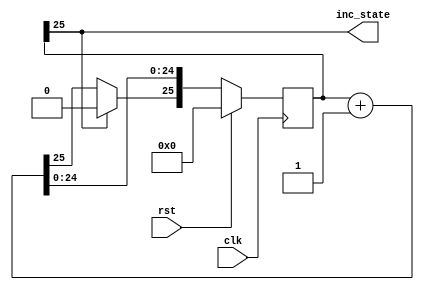
module stateCounter_18 (
    input clk,
    input rst,
    output reg inc_state
  );
  
  
  
  reg [25:0] M_stateCounter_d, M_stateCounter_q = 1'h0;
  
  always @* begin
    M_stateCounter_d = M_stateCounter_q;
    
    inc_state = M_stateCounter_q[25+0-:1];
    M_stateCounter_d = M_stateCounter_q + 1'h1;
    if (M_stateCounter_q[25+0-:1] == 1'h1) begin
      M_stateCounter_d[25+0-:1] = 1'h0;
    end
  end
  
  always @(posedge clk) begin
    if (rst == 1'b1) begin
      M_stateCounter_q <= 1'h0;
    end else begin
      M_stateCounter_q <= M_stateCounter_d;
    end
  end
  
endmodule